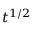
t ^ { 1 / 2 }